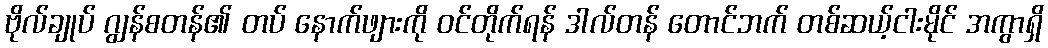
ဗိုလ်ချုပ် ဂျွန်စတန်၏ တပ် နောက်ဖျားကို ဝင်တိုက်ရန် ဒါလ်တန် တောင်ဘက် တစ်ဆယ့်ငါးမိုင် အကွာရှိ